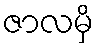
ဇာလမှိ